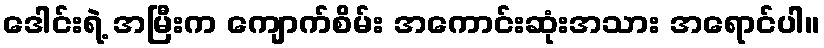
ဒေါင်းရဲ့ အမြီးက ကျောက်စိမ်း အကောင်းဆုံးအသား အရောင်ပါ။